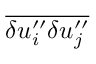
\overline { { { \delta u _ { i } ^ { \prime \prime } \delta u _ { j } ^ { \prime \prime } } } }